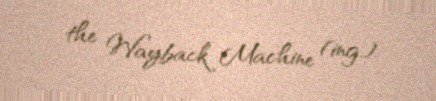
the Wayback Machine (ing.).